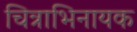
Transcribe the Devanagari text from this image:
चित्राभिनायक